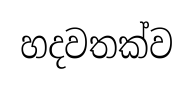
හදවතක්ව